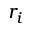
r _ { i }